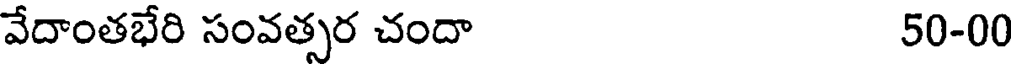
వేదాంతభేరి సంవత్సర చందా 50-00